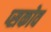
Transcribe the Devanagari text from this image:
प्सकोव